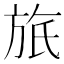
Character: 𣃮